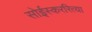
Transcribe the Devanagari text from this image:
सोईस्कररित्या